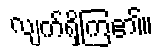
လျက်ရှိကြ၏။